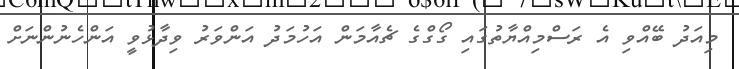
މިއަދު ބޭއްވި އެ ރަސްމިއްޔާތުގައި ގޯގްގެ ޗެއާމަން އަހުމަދު އަންވަރު ވިދާޅުވީ އަންހެނުންނަށް